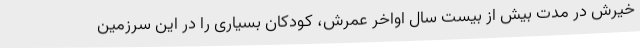
خیرش در مدت بیش از بیست سال اواخر عمرش، کودکان بسیاری را در این سرزمین